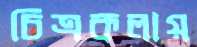
চিত্রকলায়